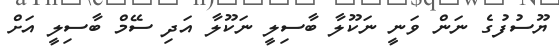
ޔޫސުފުގެ ނަން ވަނީ ނަކޫލާ ބާސިލީ ނަކޫލާ އަދި ސޭމް ބާސިލީ އަށް